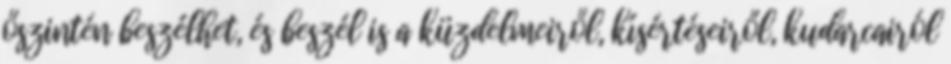
őszintén beszélhet, és beszél is a küzdelmeiről, kísértéseiről, kudarcairól